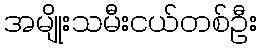
အမျိုးသမီးငယ်တစ်ဦး